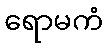
ရောမကံ